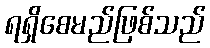
ရရှိစေမည်ဖြစ်သည်